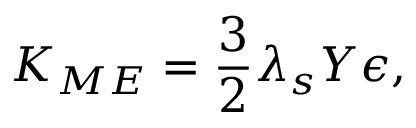
K _ { M E } = \frac { 3 } { 2 } \lambda _ { s } Y \epsilon ,